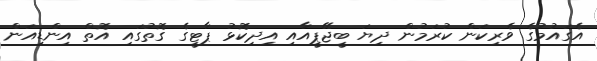
އެގައުމުގެ ވެރިކަން ކުރަމުން ދިޔަ ބީޖޭޕީއާއި އިދިކޮޅު ޕާޓީގެ ގޮތުގައި އޮތް އިންޑިއަން